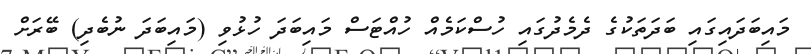
މައިބަދައިގައި ބަދަތަކުގެ ދެމެދުގައި ހުސްކަމެއް ހުއްޓަސް މައިބަދަ ހުޅުވި (މައިބަދަ ނުބެދި) ބޭރަށް